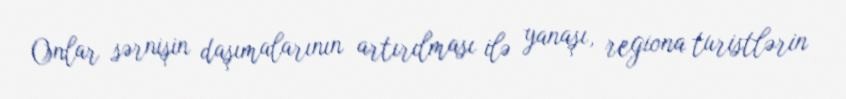
Onlar sərnişin daşımalarının artırılması ilə yanaşı, regiona turistlərin